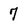
Character: 7